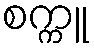
စက္ကူ